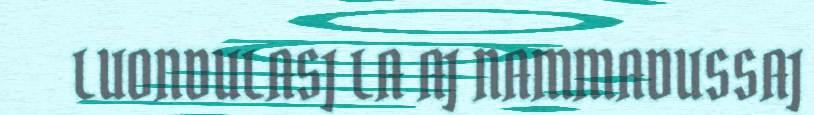
LUONDULASJ LA AJ NAMMADUSSAJ